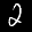
Label: 2